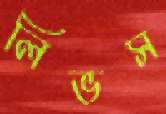
লিভস